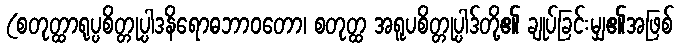
(စတုတ္ထာရုပ္ပစိတ္တုပ္ပါဒနိရောဓဘာဝတော၊ စတုတ္ထ အရူပစိတ္တုပ္ပါဒ်တို့၏ ချုပ်ခြင်းမျှ၏အဖြစ်